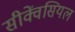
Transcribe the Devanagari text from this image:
सीक्वेंसियल